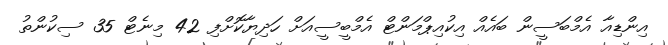
އިންޑިއާ އެމްބަސީން ބައެއް އިކުއިޕްމަންޓް އެމްބީސީއަށް ހަދިޔާކޮށްފި 42 މިނެޓް 35 ސިކުންތު